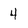
Character: 4